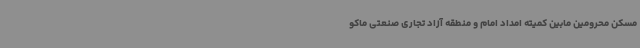
مسکن محرومین مابین کمیته امداد امام و منطقه آزاد تجاری صنعتی ماکو